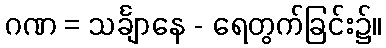
ဂဏ = သင်္ချာနေ - ရေတွက်ခြင်း၌။